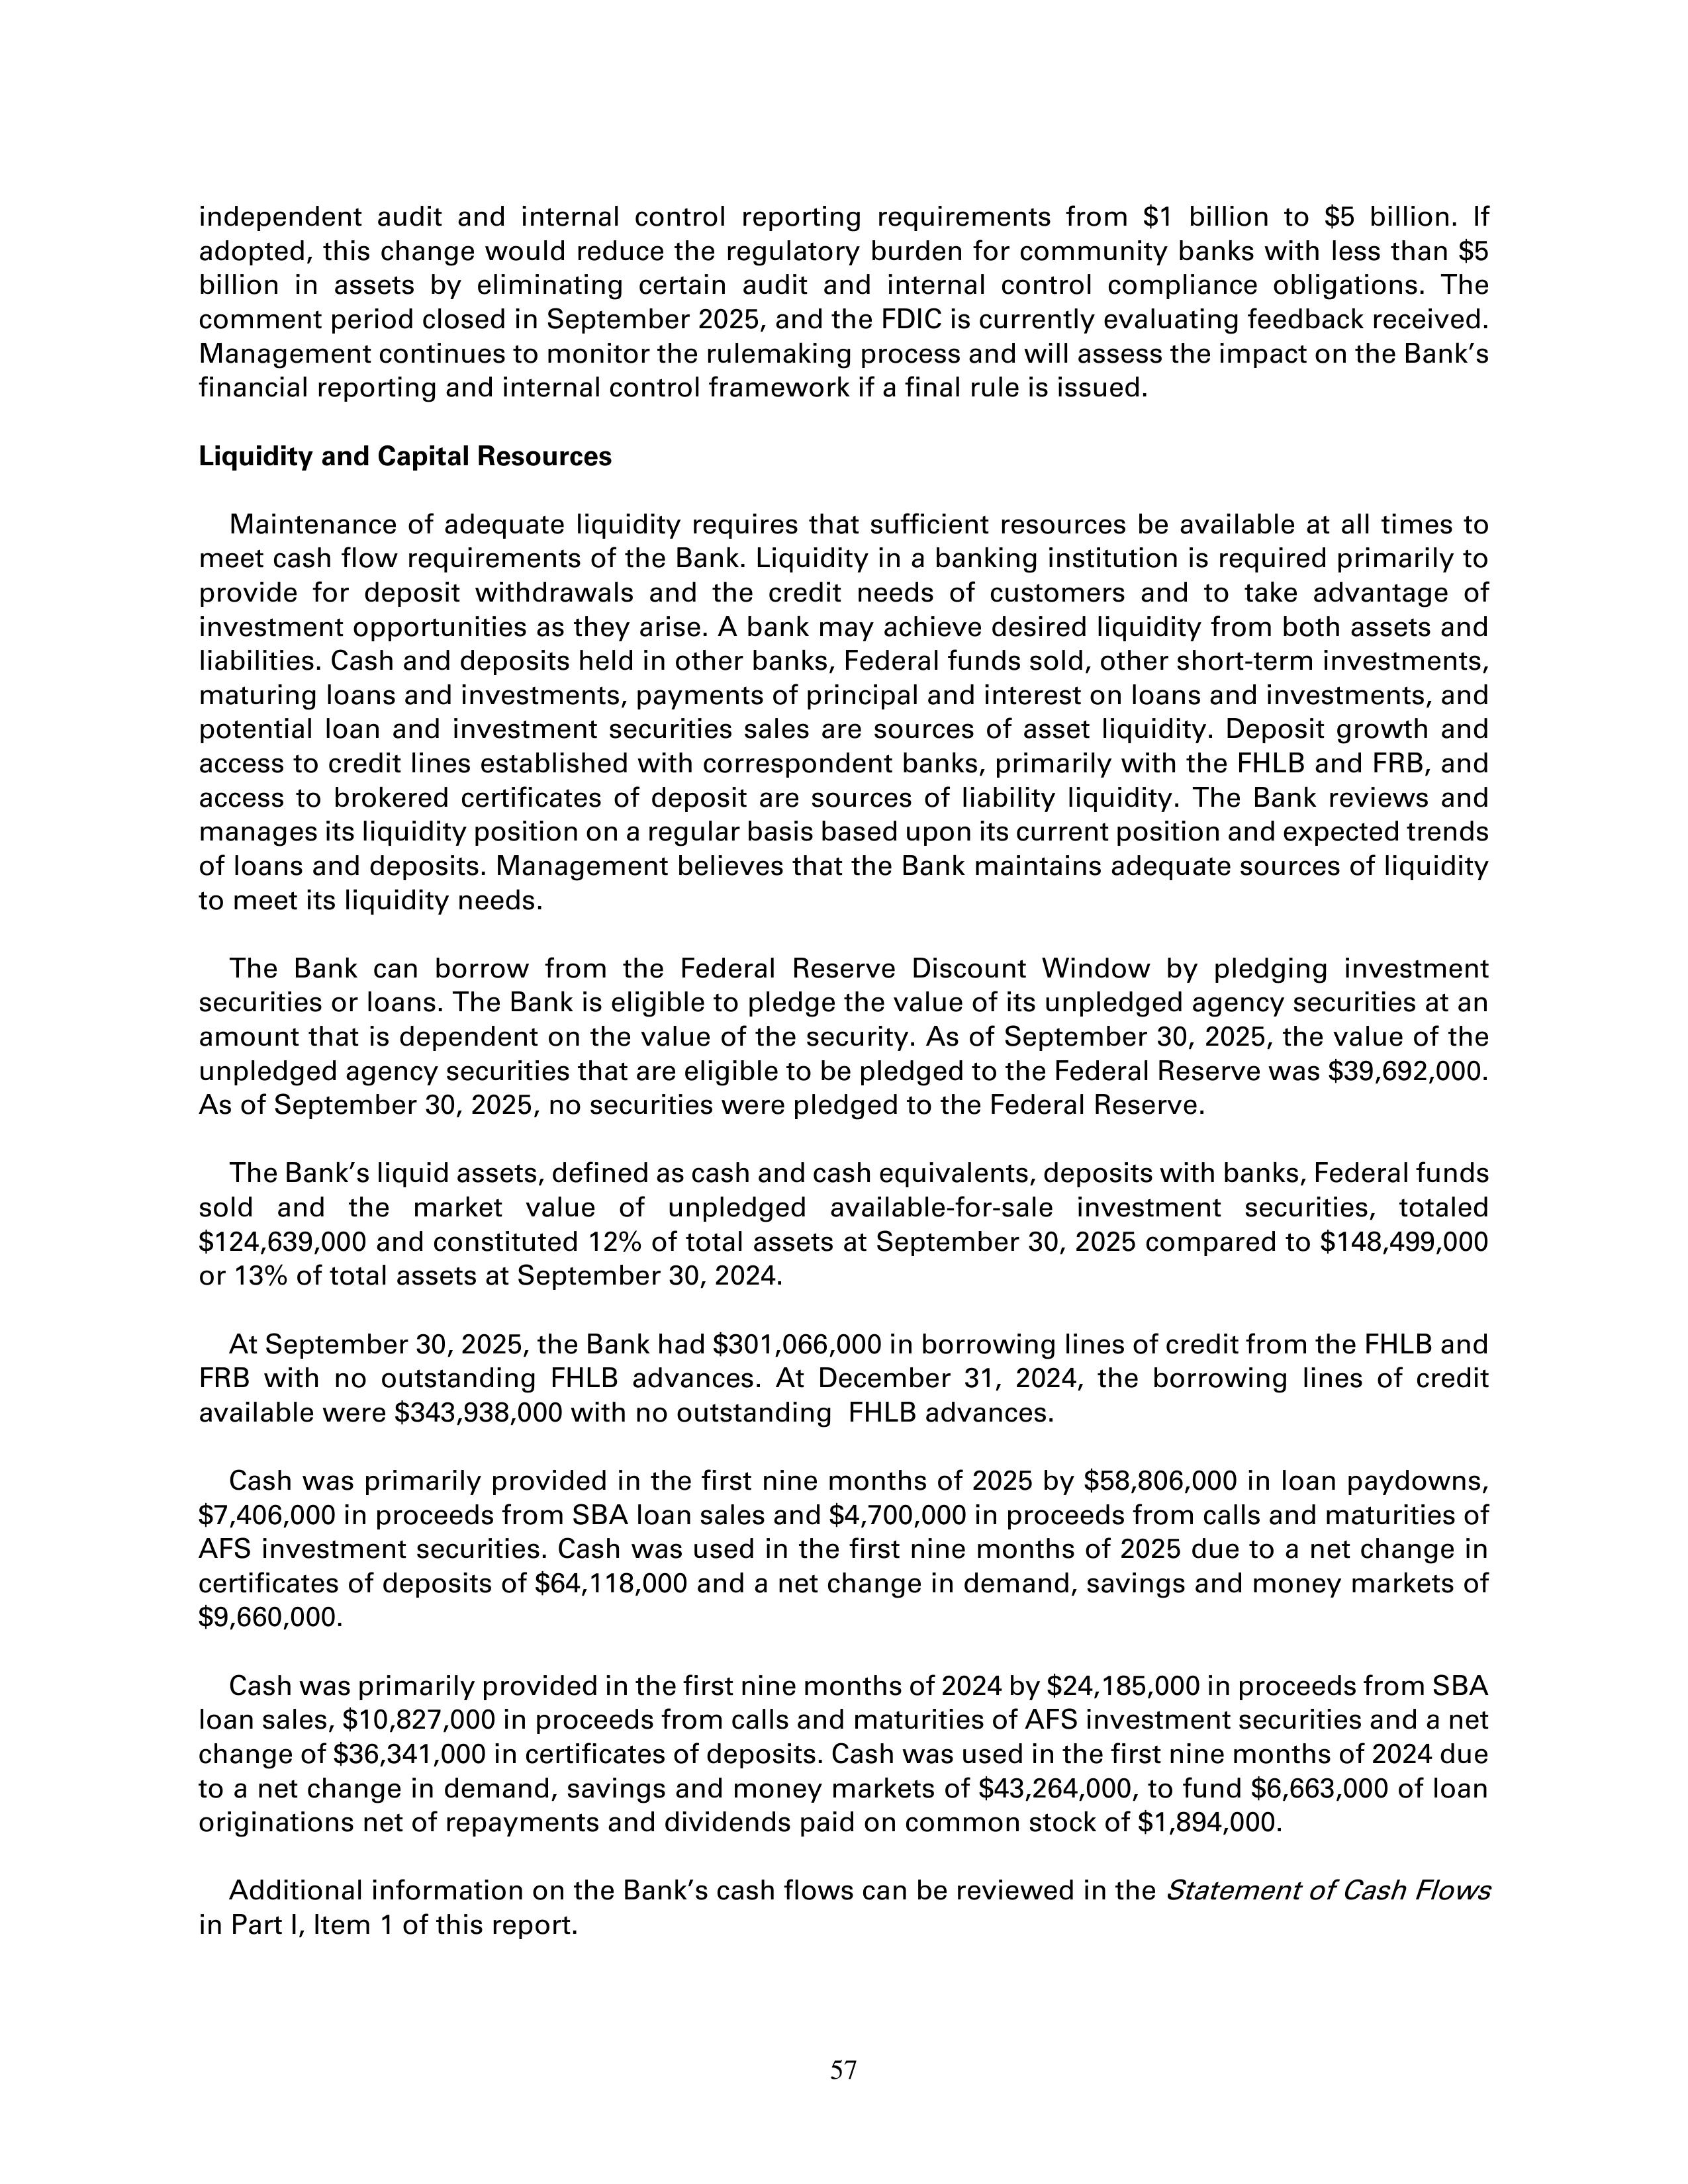
independent audit and internal control reporting requirements from $1 billion to $5 billion. If adopted, this change would reduce the regulatory burden for community banks with less than $5 billion in assets by eliminating certain audit and internal control compliance obligations. The comment period closed in September 2025, and the FDIC is currently evaluating feedback received. Management continues to monitor the rulemaking process and will assess the impact on the Bank's financial reporting and internal control framework if a final rule is issued.

Liquidity and Capital Resources

Maintenance of adequate liquidity requires that sufficient resources be available at all times to meet cash flow requirements of the Bank. Liquidity in a banking institution is required primarily to provide for deposit withdrawals and the credit needs of customers and to take advantage of investment opportunities as they arise. A bank may achieve desired liquidity from both assets and liabilities. Cash and deposits held in other banks, Federal funds sold, other short-term investments, maturing loans and investments, payments of principal and interest on loans and investments, and potential loan and investment securities sales are sources of asset liquidity. Deposit growth and access to credit lines established with correspondent banks, primarily with the FHLB and FRB, and access to brokered certificates of deposit are sources of liability liquidity. The Bank reviews and manages its liquidity position on a regular basis based upon its current position and expected trends of loans and deposits. Management believes that the Bank maintains adequate sources of liquidity to meet its liquidity needs.

The Bank can borrow from the Federal Reserve Discount Window by pledging investment securities or loans. The Bank is eligible to pledge the value of its unpledged agency securities at an amount that is dependent on the value of the security. As of September 30, 2025, the value of the unpledged agency securities that are eligible to be pledged to the Federal Reserve was $39,692,000. As of September 30, 2025, no securities were pledged to the Federal Reserve.

The Bank's liquid assets, defined as cash and cash equivalents, deposits with banks, Federal funds sold and the market value of unpledged available-for-sale investment securities, totaled $124,639,000 and constituted 12% of total assets at September 30, 2025 compared to $148,499,000 or 13% of total assets at September 30, 2024.

At September 30, 2025, the Bank had $301,066,000 in borrowing lines of credit from the FHLB and FRB with no outstanding FHLB advances. At December 31, 2024, the borrowing lines of credit available were $343,938,000 with no outstanding FHLB advances.

Cash was primarily provided in the first nine months of 2025 by $58,806,000 in loan paydowns, $7,406,000 in proceeds from SBA loan sales and $4,700,000 in proceeds from calls and maturities of AFS investment securities. Cash was used in the first nine months of 2025 due to a net change in certificates of deposits of $64,118,000 and a net change in demand, savings and money markets of $9,660,000.

Cash was primarily provided in the first nine months of 2024 by $24,185,000 in proceeds from SBA loan sales, $10,827,000 in proceeds from calls and maturities of AFS investment securities and a net change of $36,341,000 in certificates of deposits. Cash was used in the first nine months of 2024 due to a net change in demand, savings and money markets of $43,264,000, to fund $6,663,000 of loan originations net of repayments and dividends paid on common stock of $1,894,000.

Additional information on the Bank's cash flows can be reviewed in the Statement of Cash Flows in Part I, Item 1 of this report.

57